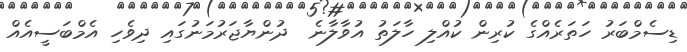
ޑިސެމްބަރު ހަތަރެއްގެ ކުރިން ކުއްލި ހާލަތު އުވާލާނެ  ދުންޔާޖަރުމަނުގައި ދިވެހި އެމްބަސީއެއް